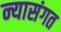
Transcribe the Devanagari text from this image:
न्यासंगत